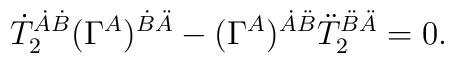
\dot T_2^{\dot A\dot B} (\Gamma^A)^{\dot B\ddot A} -(\Gamma^A)^{\dot A\ddot B} \ddot T_2^{\ddot B\ddot A} = 0.